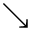
\searrow